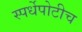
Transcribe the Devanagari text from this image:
स्पर्धेपोटीच